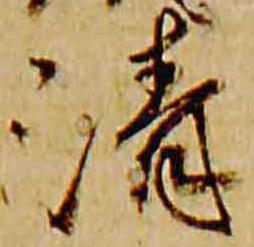
清